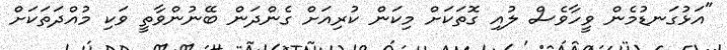
"އަޅުގަނޑުމެން ވީހާވެސް ލުއި ގޮތަކަށް މިކަން ކުރިއަށް ގެންދަން ބޭނުންވާތީ ވަކި މުއްދަތަކަށް